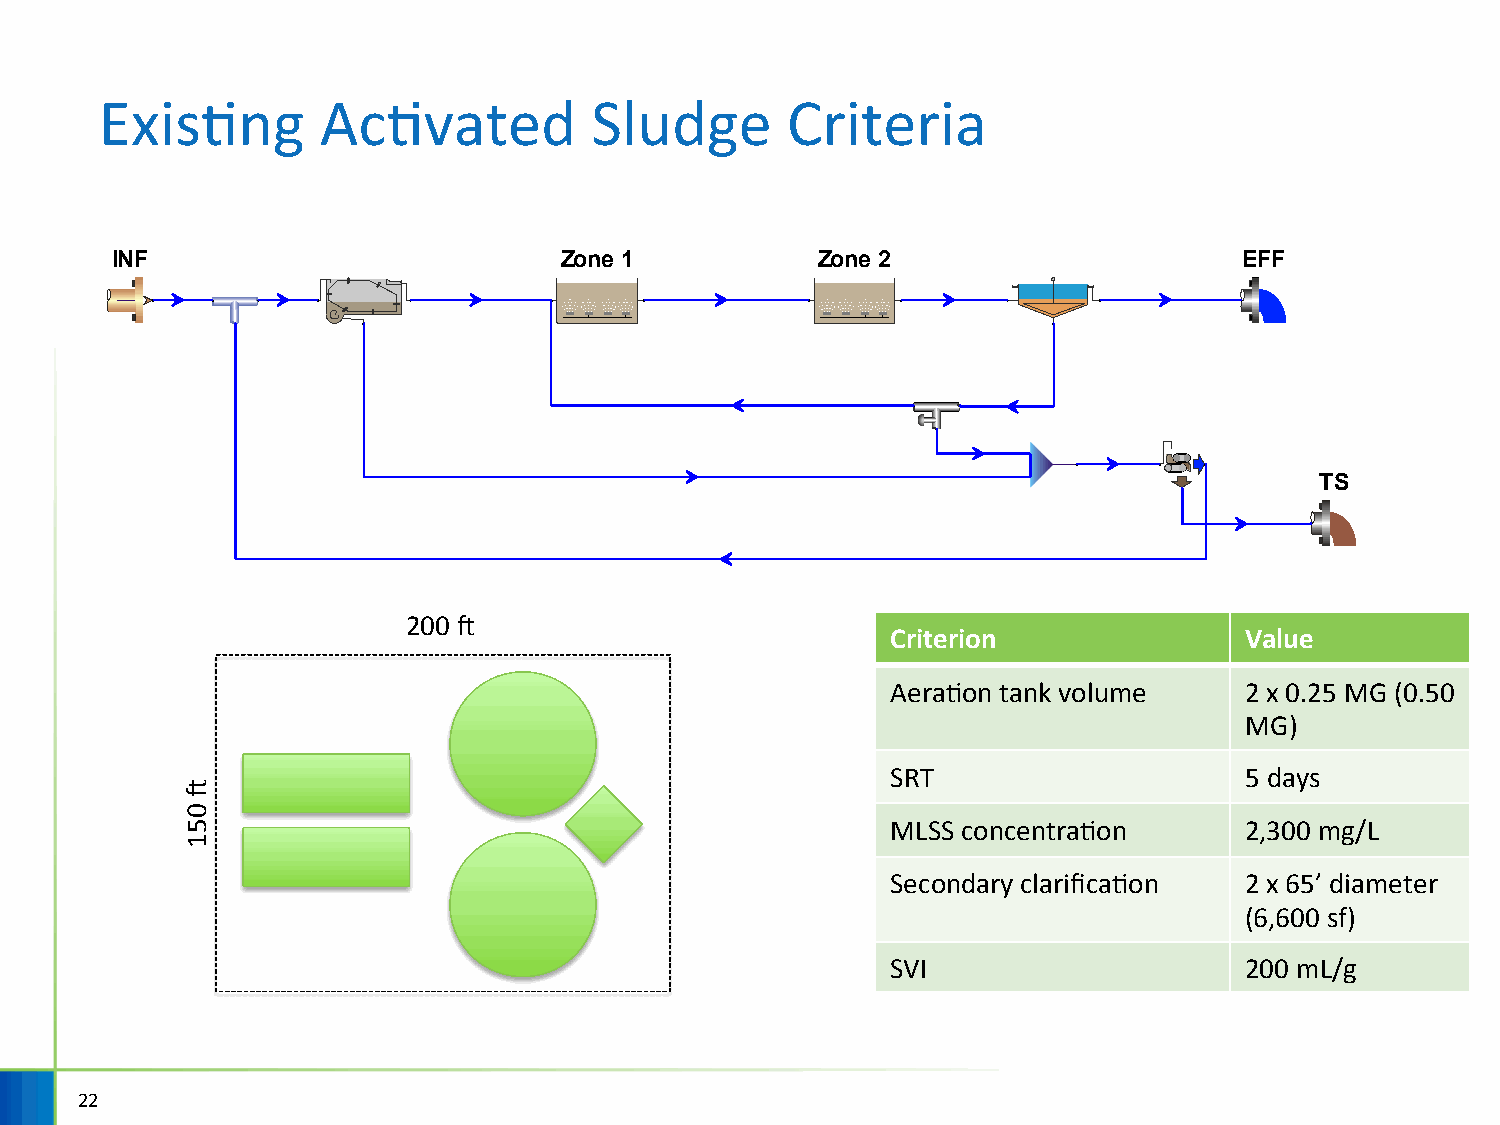
ExisHng       AcHvated          Sludge       Criteria
 INF                           Zone 1           Zone 2                      EFF
 TS
 200 f
 Criterion              Value
 AeraHon tank volume    2 x 0.25 MG (0.50
 MG)
 SRT                    5 days
 MLSS concentraHon      2,300 mg/L
 Secondary clarificaHon 2 x 65’ diameter
 (6,600 sf)
 SVI                    200 mL/g
 22
 f
 051